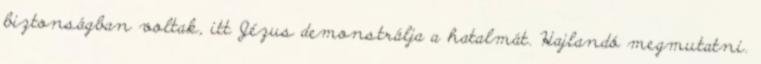
biztonságban voltak, itt Jézus demonstrálja a hatalmát. Hajlandó megmutatni.